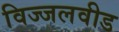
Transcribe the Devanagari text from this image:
विज्जलवीड